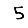
Digit: 5